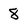
Character: 8